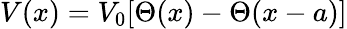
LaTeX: V(x)=V_{0}[\Theta(x)-\Theta(x-a)]